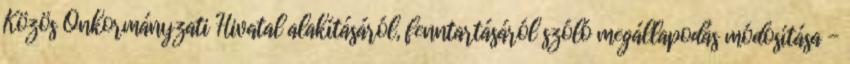
Közös Önkormányzati Hivatal alakításáról, fenntartásáról szóló megállapodás módosítása -